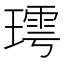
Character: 㻬